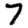
Digit: 7